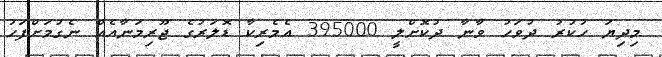
މިދިޔަ ހުކުރު ދުވަހު ވާނާ ދުކޮށްލީ 395000 އެމެރިކާ ޑޮލަރުގެ ޖޫރިމަނާއެއް ނެގުމަށްފަހު